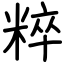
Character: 粹